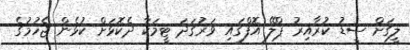
ލީގަށް ސީޑު ކުރާއިރު ޕްލޭ އޮފްގައި ވަރުގަދަ ޓީމަކާ ދެކޮޅަށް ކުޅެން ޖެހުމުގެ